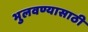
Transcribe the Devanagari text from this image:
भुलवण्यासाठी